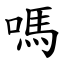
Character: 嗎